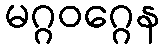
မဂ္ဂဝဂ္ဂေန